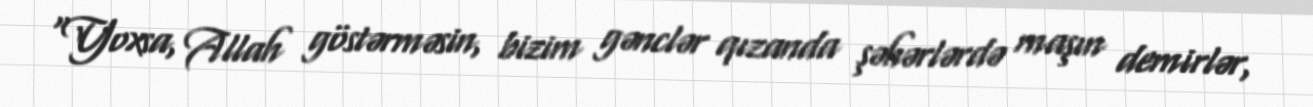
“Yoxsa, Allah göstərməsin, bizim gənclər qızanda şəhərlərdə maşın demirlər,